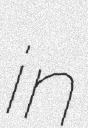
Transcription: in